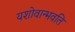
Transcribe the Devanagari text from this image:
यशोवान्भवति